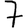
Digit: 7